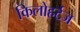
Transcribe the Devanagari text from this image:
किलोहर्टज